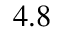
4 . 8